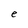
Character: e